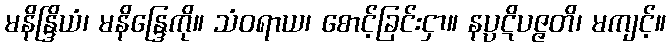
မနိန္ဒြိယံ၊ မနိန္ဒြေကို။ သံဝရာယ၊ စောင့်ခြင်းငှာ။ နပ္ပဋိပဇ္ဇတိ၊ မကျင့်။